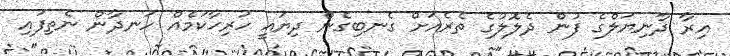
އިރާ ދާނިޔަލްގެ ފުން ދެލޮލުގެ ތެރެއަށް ގެނބިގެން ދިޔައީ ހުރިހާކަމެއް ހަނދާން ނެތިފައި